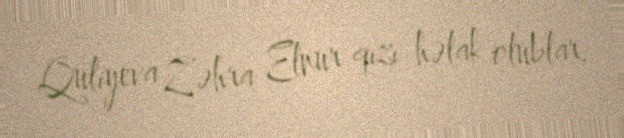
Quliyeva Zəhra Elnur qızı həlak olublar.